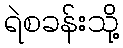
ရဲစခန်းသို့